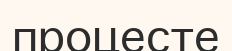
процесте